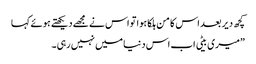
کچھ دیر بعد اس کا من ہلکا ہوا تو اس نے مجھے دیکھتے ہوئے کہا
”میری بیٹی اب اس دنیا میں نہیں رہی۔